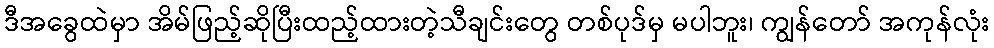
ဒီအခွေထဲမှာ အိမ်ဖြည့်ဆိုပြီးထည့်ထားတဲ့သီချင်းတွေ တစ်ပုဒ်မှ မပါဘူး၊ ကျွန်တော် အကုန်လုံး